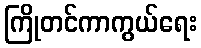
ကြိုတင်ကာကွယ်ရေး